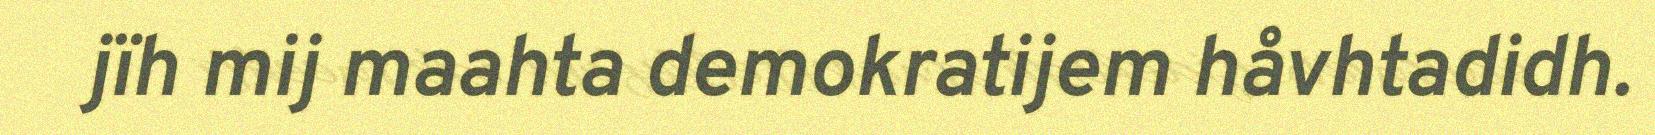
jïh mij maahta demokratijem håvhtadidh.